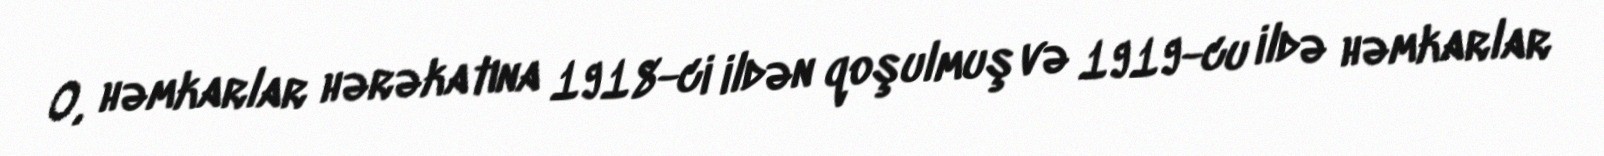
O, həmkarlar hərəkatına 1918-ci ildən qoşulmuş və 1919-cu ildə həmkarlar